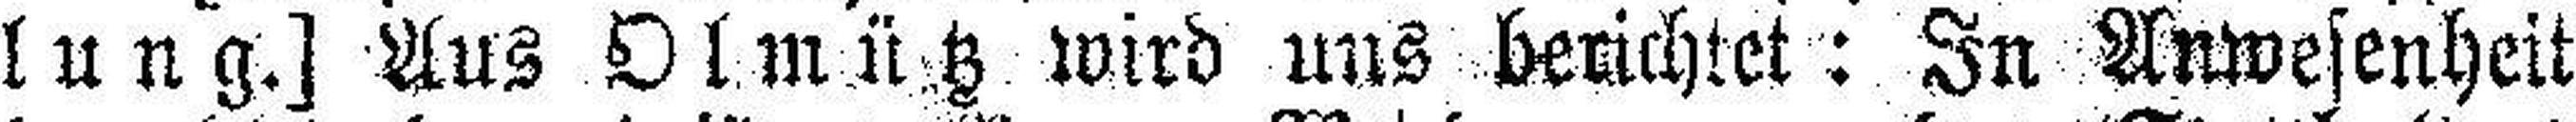
lung.] Aus Olmütz wird uns berichtet: In Anwesenheit